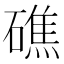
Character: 礁